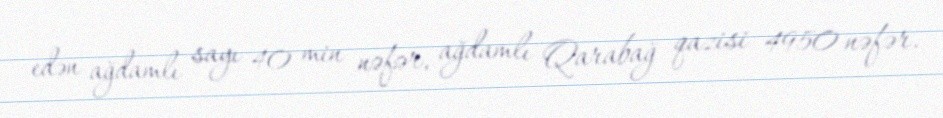
edən ağdamlı sayı 40 min nəfər, ağdamlı Qarabağ qazisi 4950 nəfər.